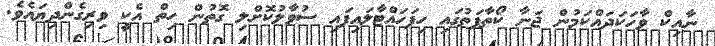
ނާއިކް ވާހަކަދައްކަމުން ޖަނާ ކޯތާފަތުގައި ހިފަހައްޓާލައިފައި ސުވާލުކޮށްލި ގޮތުން ހިތް އެކީ ވިރިގެންދިޔައެވެ.